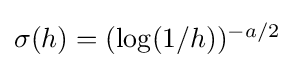
{\textstyle \sigma (h)=(\log(1/h))^{-a/2}}